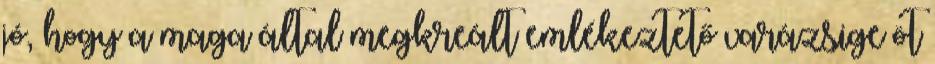
jó, hogy a maga által megkreált emlékeztető varázsige öt